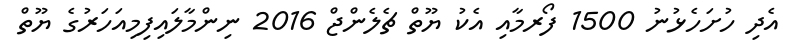
އެދި ހުށަހެޅުނު 1500 ފޯރމާއި އެކު ޔޫތް ޗެލެންޖް 2016 ނިންމާލައިފިމިއަހަރުގެ ޔޫތް